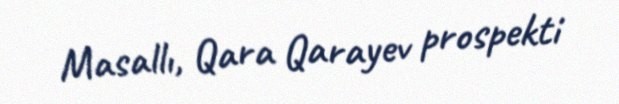
Masallı, Qara Qarayev prospekti